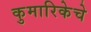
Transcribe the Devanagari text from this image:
कुमारिकेचे